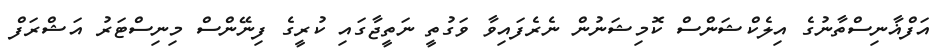
އަފްޣާނިސްތާނުގެ އިލެކްޝަންސް ކޮމިޝަނުން ނެރެފައިވާ ވަގުތީ ނަތީޖާގައި ކުރީގެ ފިނޭންސް މިނިސްޓަރު އަޝްރަފް